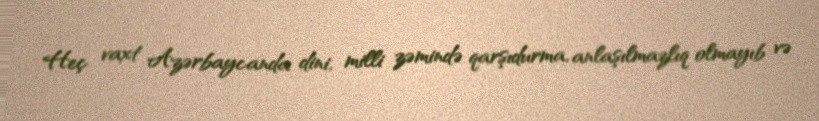
Heç vaxt Azərbaycanda dini, milli zəmində qarşıdurma, anlaşılmazlıq olmayıb və